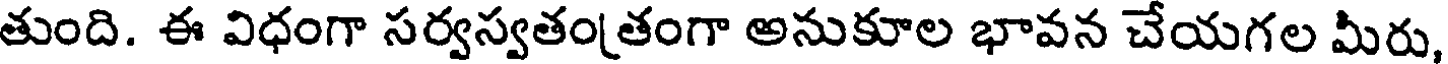
తుంది. ఈ విధంగా సర్వస్వతంతంగా అనుకూల భావన చేయగల మీరు,